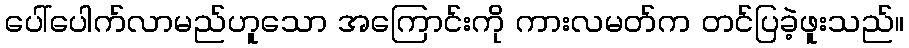
ပေါ်ပေါက်လာမည်ဟူသော အကြောင်းကို ကားလမတ်က တင်ပြခဲ့ဖူးသည်။